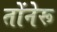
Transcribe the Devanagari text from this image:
तोंनेरू